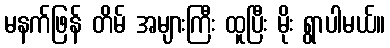
မနက်ဖြန် တိမ် အများကြီး ထူပြီး မိုး ရွာပါမယ်။